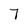
Character: 7